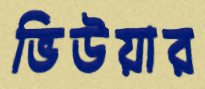
ভিউয়ার